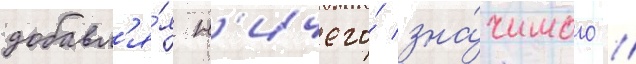
добавл'я́я н'ичего́ зна́чимого //